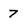
Character: 7